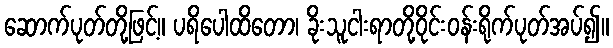
ဆောက်ပုတ်တို့ဖြင့်။ ပရိပေါထိတော၊ ခိုးသူငါးရာတို့ဝိုင်းဝန်းရိုက်ပုတ်အပ်၍။